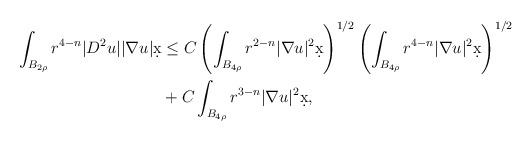
\begin{align*}\int_{B_{2\rho}} r^{4-n} |D^2 u| |\nabla u| \d x &\leq C \left(\int_{B_{4\rho}} r^{2-n} |\nabla u|^2 \d x\right)^{1/2}\left( \int_{B_{4\rho}} r^{4-n} |\nabla u|^2 \d x\right)^{1/2} \\& + C \int_{B_{4\rho}} r^{3-n} |\nabla u|^2 \d x,\end{align*}